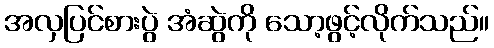
အလှပြင်စားပွဲ အံဆွဲကို သော့ဖွင့်လိုက်သည်။